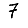
Digit: 7